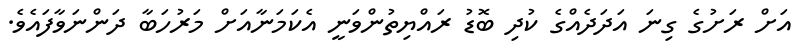
އަށް ރަށުގެ ގިނަ އަަދަދެއްގެ ކުދި ބޮޑު ރައްޔިތުންވަނީ އެކަމަނާއަށް މަރުހަބާ ދަންނަވާފައެވެ.